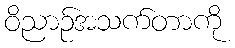
ဝိညာဉ်အသက်တာကို